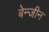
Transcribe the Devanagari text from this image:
बेन्जीन